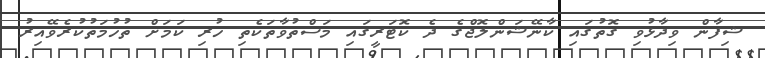
ޝިފާން ވިދާޅުވި ގޮތުގައި ކާނޭޝަންލޮޖްގެ ދެ ކޮޓަރީގައި މަސްތުވާތަކެތި ހުރި ކަމަށް ތުހުމަތުކުރެވޭއިރު